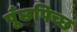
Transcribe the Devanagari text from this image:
पूँछपिच्छ